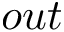
o u t